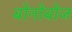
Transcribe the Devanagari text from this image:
बोनोबोज